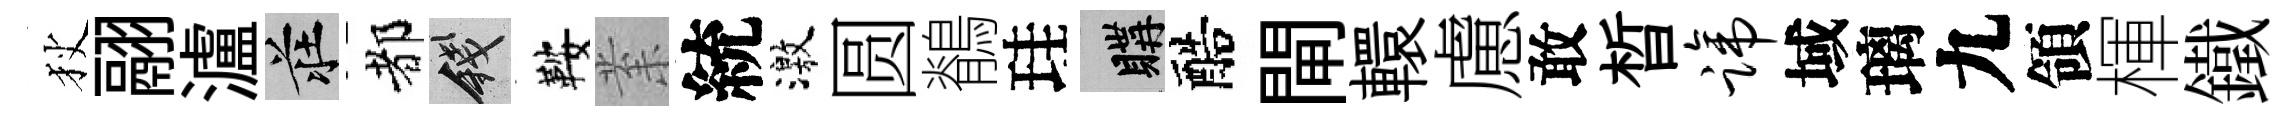
狄翮瀘莊都錢鞍𭪙統激圆鶺珪購醅閘轘慮敢晳蹄域璃九領楎鐵